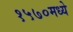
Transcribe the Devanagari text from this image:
१५७०मध्ये